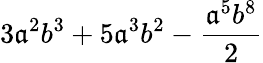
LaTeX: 3\mathfrak{a}^{2}b^{3}+5\mathfrak{a}^{3}b^{2}-\frac{{\mathfrak{a}^{5}b^{8}}}{{2}}